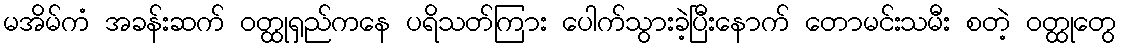
မအိမ်ကံ အခန်းဆက် ဝတ္ထုရှည်ကနေ ပရိသတ်ကြား ပေါက်သွားခဲ့ပြီးနောက် တောမင်းသမီး စတဲ့ ဝတ္ထုတွေ